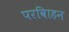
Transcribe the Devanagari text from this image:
परविाहन